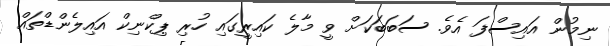
ނިމުން އައިސްފަ އެވެ. ސަބަބަކަށް ވީ މާލެ ކައިރީގައި ހުރި ޕިކްނިކް އައިލެންޑްތައް